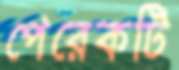
পেরেকটি